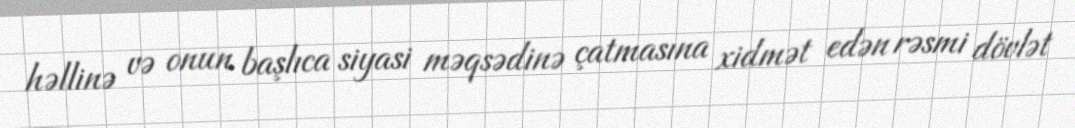
həllinə və onun başlıca siyasi məqsədinə çatmasına xidmət edən rəsmi dövlət